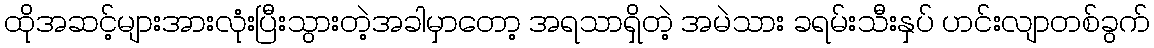
ထိုအဆင့်များအားလုံးပြီးသွားတဲ့အခါမှာတော့ အရသာရှိတဲ့ အမဲသား ခရမ်းသီးနှပ် ဟင်းလျာတစ်ခွက်